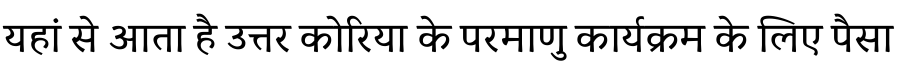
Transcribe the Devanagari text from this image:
यहां से आता है उत्तर कोरिया के परमाणु कार्यक्रम के लिए पैसा